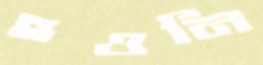
হওনি